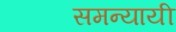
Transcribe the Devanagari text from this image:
समन्यायी